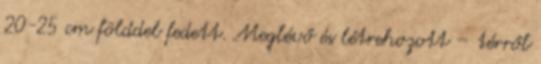
20-25 cm földdel fedett. Meglévő és létrehozott – térről